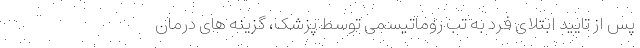
پس از تایید ابتلای فرد به تب روماتیسمی توسط پزشک، گزینه های درمان